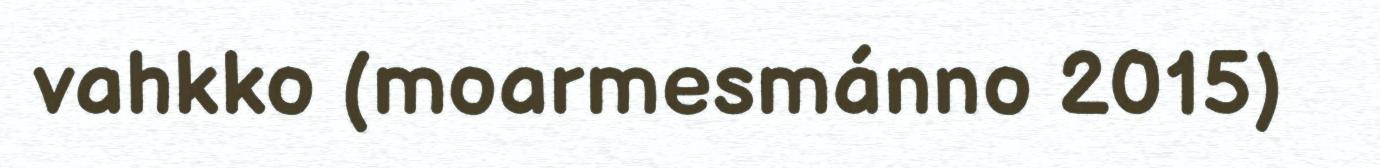
vahkko (moarmesmánno 2015)